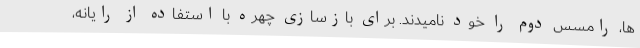
ها، رامسس دوم را خود نامیدند. برای بازسازی چهره با استفاده از رایانه،